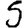
Digit: 5